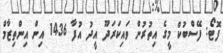
ފޮޓޯ: ފޭސްބުކް މީގެ އިތުރުން ވައިކަރަދޫ އީދު އުފާ 1436 އިިން އިންތިޒާމް